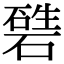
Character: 𥕙